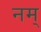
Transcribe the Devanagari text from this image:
नम्‌